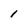
Character: 1